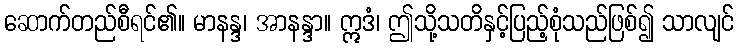
ဆောက်တည်စီရင်၏။ မာနန္ဒ၊ အာနန္ဒာ။ ဣဒံ၊ ဤသို့သတိနှင့်ပြည့်စုံသည်ဖြစ်၍ သာလျင်